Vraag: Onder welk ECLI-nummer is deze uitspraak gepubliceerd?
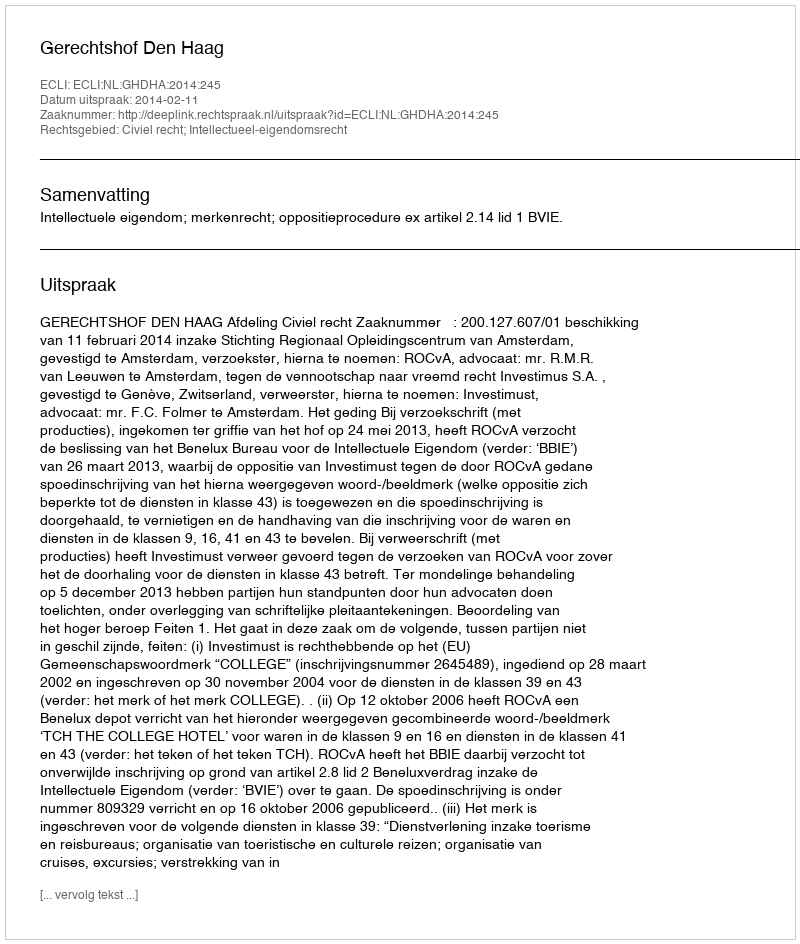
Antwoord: ECLI:NL:GHDHA:2014:245